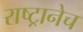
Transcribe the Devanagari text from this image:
राष्ट्रानेच